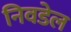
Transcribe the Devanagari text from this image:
निवडेल